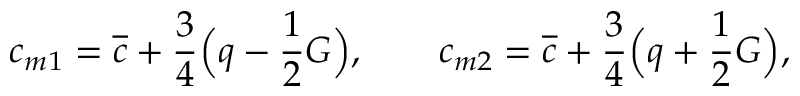
\begin{array} { c c c } { \displaystyle { c _ { m 1 } = \overline { { c } } + \frac { 3 } { 4 } \Big ( q - \frac { 1 } { 2 } G \Big ) , \qquad c _ { m 2 } = \overline { { c } } + \frac { 3 } { 4 } \Big ( q + \frac { 1 } { 2 } G \Big ) , } } \end{array}